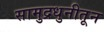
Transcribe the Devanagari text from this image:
सामुद्रधुनीतून